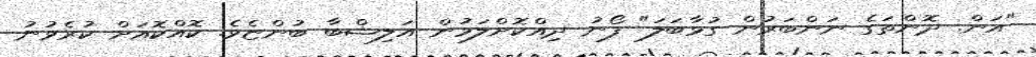
"އަން. ދޮންތަގެ ނަންބަރުން ގުޅާބަލަ" ފޯނު ދިއްކޮށްލަމުން އަލިޝްބާ ބުންޏެވެ. ކޮއްކޮއަށް ކުރެވުނު